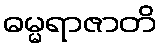
ဓမ္မရာဇာတိ